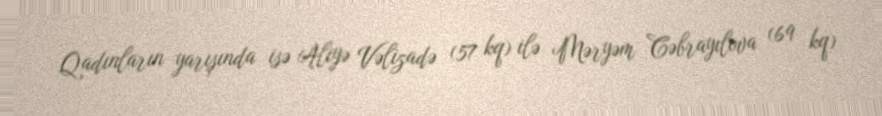
Qadınların yarışında isə Aliyə Vəlizadə (57 kq) ilə Məryəm Cəbrayılova (69 kq)